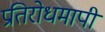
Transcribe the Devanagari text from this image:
प्रतिरोधमापी